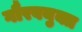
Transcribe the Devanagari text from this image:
गौरवयुक्त